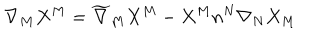
\nabla _ { M } X ^ { M } = \widetilde { \nabla } _ { M } X ^ { M } - X ^ { M } n ^ { N } \nabla _ { N } X _ { M }